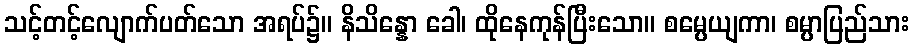
သင့်တင့်လျောက်ပတ်သော အရပ်၌။ နိသိန္နော ခေါ၊ ထိုနေကုန်ပြီးသော။ စမ္ပေယျကာ၊ စမ္ပာပြည်သား